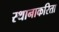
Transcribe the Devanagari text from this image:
स्थानाकरिता